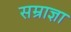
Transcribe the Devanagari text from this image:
सम्राज्ञा